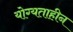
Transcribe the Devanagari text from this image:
योग्यताहीन